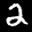
Digit: 2